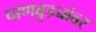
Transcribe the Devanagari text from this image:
पाणबुड्यांवर